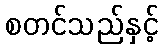
စတင်သည်နှင့်